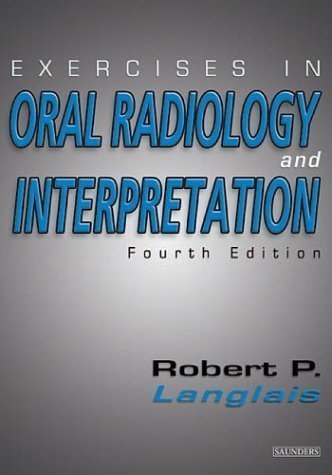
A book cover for Exercises in Oral Radiology and Interpretation, 4e by Robert P. Langlais (Dec 12 2003); Medical Books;